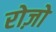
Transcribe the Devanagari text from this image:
रोज़ो